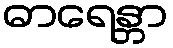
ဓာရေန္တာ